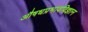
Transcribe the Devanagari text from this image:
औषधप्रभावविज्ञान